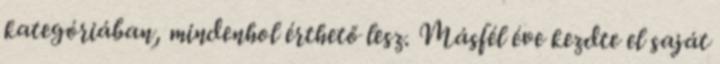
kategóriában, mindenhol érthető lesz. Másfél éve kezdte el saját